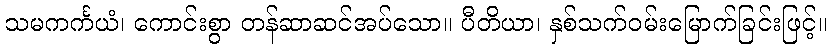
သမကင်္ကယံ၊ ကောင်းစွာ တန်ဆာဆင်အပ်သော။ ပီတိယာ၊ နှစ်သက်ဝမ်းမြောက်ခြင်းဖြင့်။